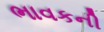
ભાવકની